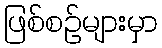
ဖြစ်စဉ်များမှာ